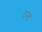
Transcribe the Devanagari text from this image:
टन्ट